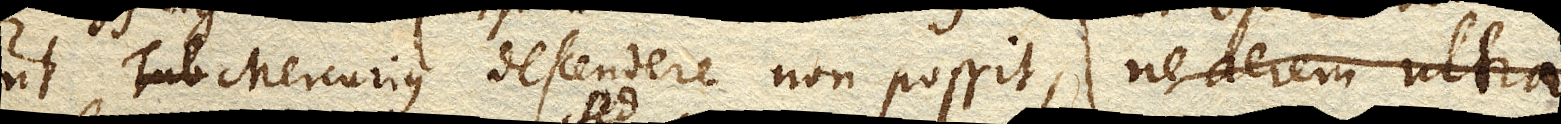
ut Mercurius descendere non possit,